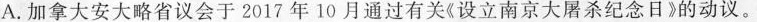
A.加拿大安大略省议会于2017年10月通过有关《设立南京大屠杀纪念日》的动议。